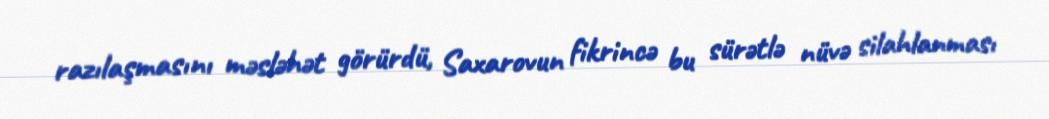
razılaşmasını məsləhət görürdü, Saxarovun fikrincə bu sürətlə nüvə silahlanması